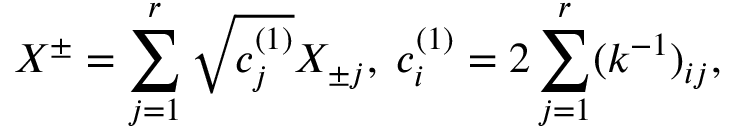
X ^ { \pm } = \sum _ { j = 1 } ^ { r } \sqrt { c _ { j } ^ { ( 1 ) } } X _ { \pm j } , \; c _ { i } ^ { ( 1 ) } = 2 \sum _ { j = 1 } ^ { r } ( k ^ { - 1 } ) _ { i j } ,